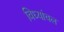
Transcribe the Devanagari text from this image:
विध्यांचल